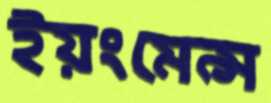
ইয়ংমেন্স